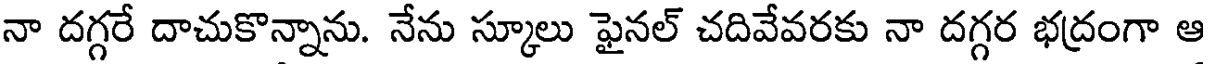
నా దగ్గరే దాచుకొన్నాను. నేను స్కూలు ఫైనల్ చదివేవరకు నా దగ్గర భద్రంగా ఆ